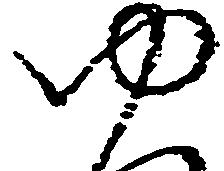
ゆ